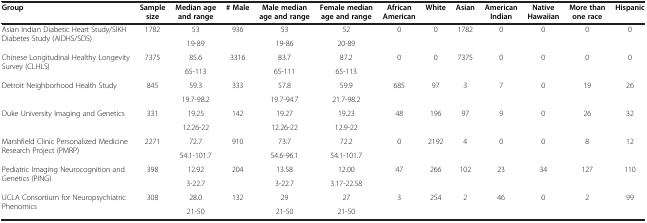
<table><thead><tr><td><b>Group</b></td><td><b>Sample size</b></td><td><b>Median age and range</b></td><td><b># Male</b></td><td><b>Male median age and range</b></td><td><b>Female median age and range</b></td><td><b>African American</b></td><td><b>White</b></td><td><b>Asian</b></td><td><b>American Indian</b></td><td><b>Native Hawaiian</b></td><td><b>More than one race</b></td><td><b>Hispanic</b></td></tr></thead><tbody><tr><td rowspan="2">Asian Indian Diabetic Heart Study/SIKH Diabetes Study (AIDHS/SDS)</td><td rowspan="2">1782</td><td>53</td><td rowspan="2">936</td><td>53</td><td>52</td><td rowspan="2">0</td><td rowspan="2">0</td><td rowspan="2">1782</td><td rowspan="2">0</td><td rowspan="2">0</td><td rowspan="2">0</td><td rowspan="2">0</td></tr><tr><td>19-89</td><td>19-86</td><td>20-89</td></tr><tr><td rowspan="2">Chinese Longitudinal Healthy Longevity Survey (CLHLS)</td><td rowspan="2">7375</td><td>85.6</td><td rowspan="2">3316</td><td>83.7</td><td>87.2</td><td rowspan="2">0</td><td rowspan="2">0</td><td rowspan="2">7375</td><td rowspan="2">0</td><td rowspan="2">0</td><td rowspan="2">0</td><td rowspan="2">0</td></tr><tr><td>65-113</td><td>65-111</td><td>65-113</td></tr><tr><td rowspan="2">Detroit Neighborhood Health Study</td><td rowspan="2">845</td><td>59.3</td><td rowspan="2">333</td><td>57.8</td><td>59.9</td><td rowspan="2">685</td><td rowspan="2">97</td><td rowspan="2">3</td><td rowspan="2">7</td><td rowspan="2">0</td><td rowspan="2">19</td><td rowspan="2">26</td></tr><tr><td>19.7-98.2</td><td>19.7-94.7</td><td>21.7-98.2</td></tr><tr><td rowspan="2">Duke University Imaging and Genetics</td><td rowspan="2">331</td><td>19.25</td><td rowspan="2">142</td><td>19.27</td><td>19.23</td><td rowspan="2">48</td><td rowspan="2">196</td><td rowspan="2">97</td><td rowspan="2">9</td><td rowspan="2">0</td><td rowspan="2">26</td><td rowspan="2">32</td></tr><tr><td>12.26-22</td><td>12.26-22</td><td>12.9-22</td></tr><tr><td rowspan="2">Marshfield Clinic Personalized Medicine Research Project (PMRP)</td><td rowspan="2">2271</td><td>72.7</td><td rowspan="2">910</td><td>73.7</td><td>72.2</td><td rowspan="2">0</td><td rowspan="2">2192</td><td rowspan="2">4</td><td rowspan="2">0</td><td rowspan="2">0</td><td rowspan="2">8</td><td rowspan="2">12</td></tr><tr><td>54.1-101.7</td><td>54.6-96.1</td><td>54.1-101.7</td></tr><tr><td rowspan="2">Pediatric Imaging Neurocognition and Genetics (PING)</td><td rowspan="2">398</td><td>12.92</td><td rowspan="2">204</td><td>13.58</td><td>12.00</td><td rowspan="2">47</td><td rowspan="2">266</td><td rowspan="2">102</td><td rowspan="2">23</td><td rowspan="2">34</td><td rowspan="2">127</td><td rowspan="2">110</td></tr><tr><td>3-22.7</td><td>3-22.7</td><td>3.17-22.58</td></tr><tr><td>UCLA Consortium for Neuropsychiatric Phenomics</td><td>308</td><td>28.0</td><td>132</td><td>29</td><td>27</td><td>3</td><td>254</td><td>2</td><td>46</td><td>0</td><td>2</td><td>99</td></tr><tr><td> </td><td> </td><td>21-50</td><td> </td><td>21-50</td><td>21-50</td><td> </td><td> </td><td> </td><td> </td><td> </td><td> </td><td> </td></tr></tbody></table>